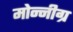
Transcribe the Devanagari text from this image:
मोन्नीग्र